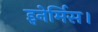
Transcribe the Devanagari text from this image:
इनेर्मिस।